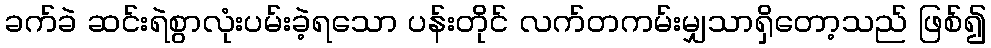
ခက်ခဲ ဆင်းရဲစွာလုံးပမ်းခဲ့ရသော ပန်းတိုင် လက်တကမ်းမျှသာရှိတော့သည် ဖြစ်၍